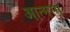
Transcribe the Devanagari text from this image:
आत्मरस